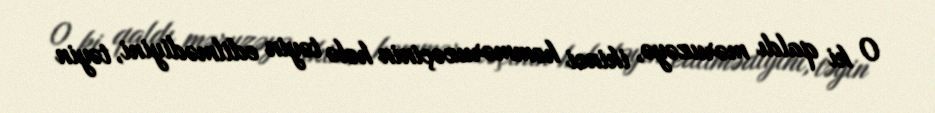
O ki qaldı məruzəyə, ikinci həmməruzəçinin hələ təyin edilmədiyini, təyin